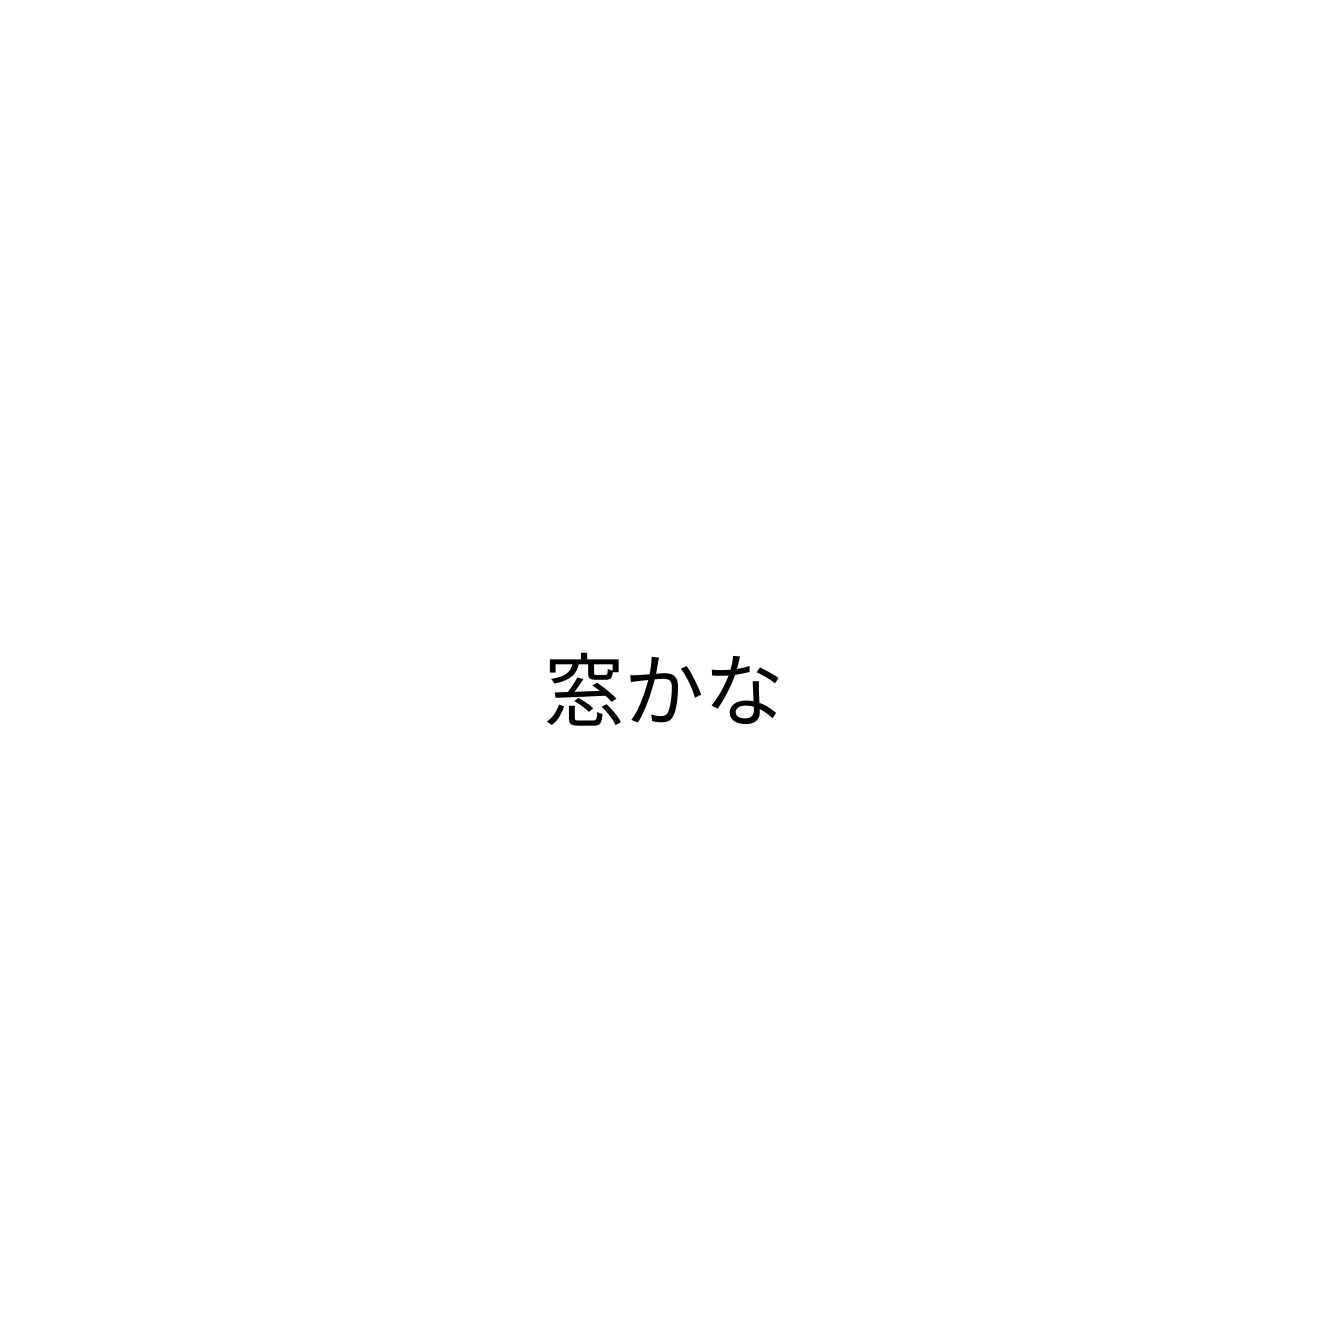
窓かな